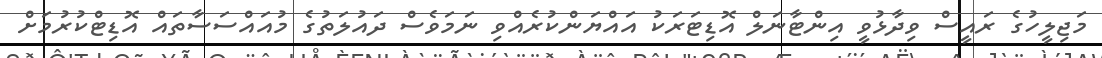
މަޖިލީހުގެ ރައީސް ވިދާޅުވީ އިންޓާނަލް އޮޑިޓަރަކު އައްޔަންކުރެއްވި ނަމަވެސް ދައުލަތުގެ މުއައްސަސާތައް އޮޑިޓްކުރުމަށް